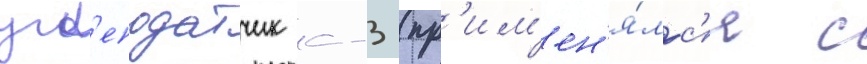
угл'еподатчик с-3 (пр'им'ен'я́лс'я с